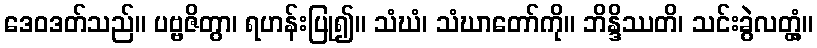
ဒေဝဒတ်သည်။ ပဗ္ဗဇိတွာ၊ ရဟန်းပြု၍။ သံဃံ၊ သံဃာတော်ကို။ ဘိန္ဒိဿတိ၊ သင်းခွဲလတ္တံ့။